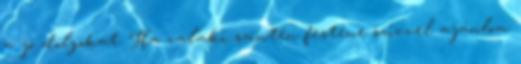
a jó dolgokat. Ha valaki szintén festene szívvel ajánlom